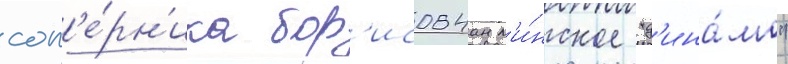
соп'е́рн'ика бор'исовчан м'и́нское "д'ина́мо"